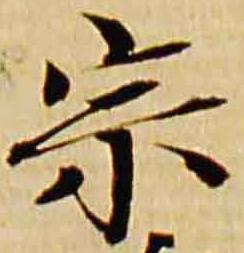
宗